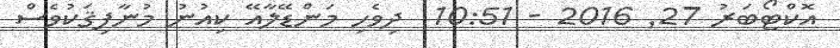
އޮކްޓޯބަރު 27